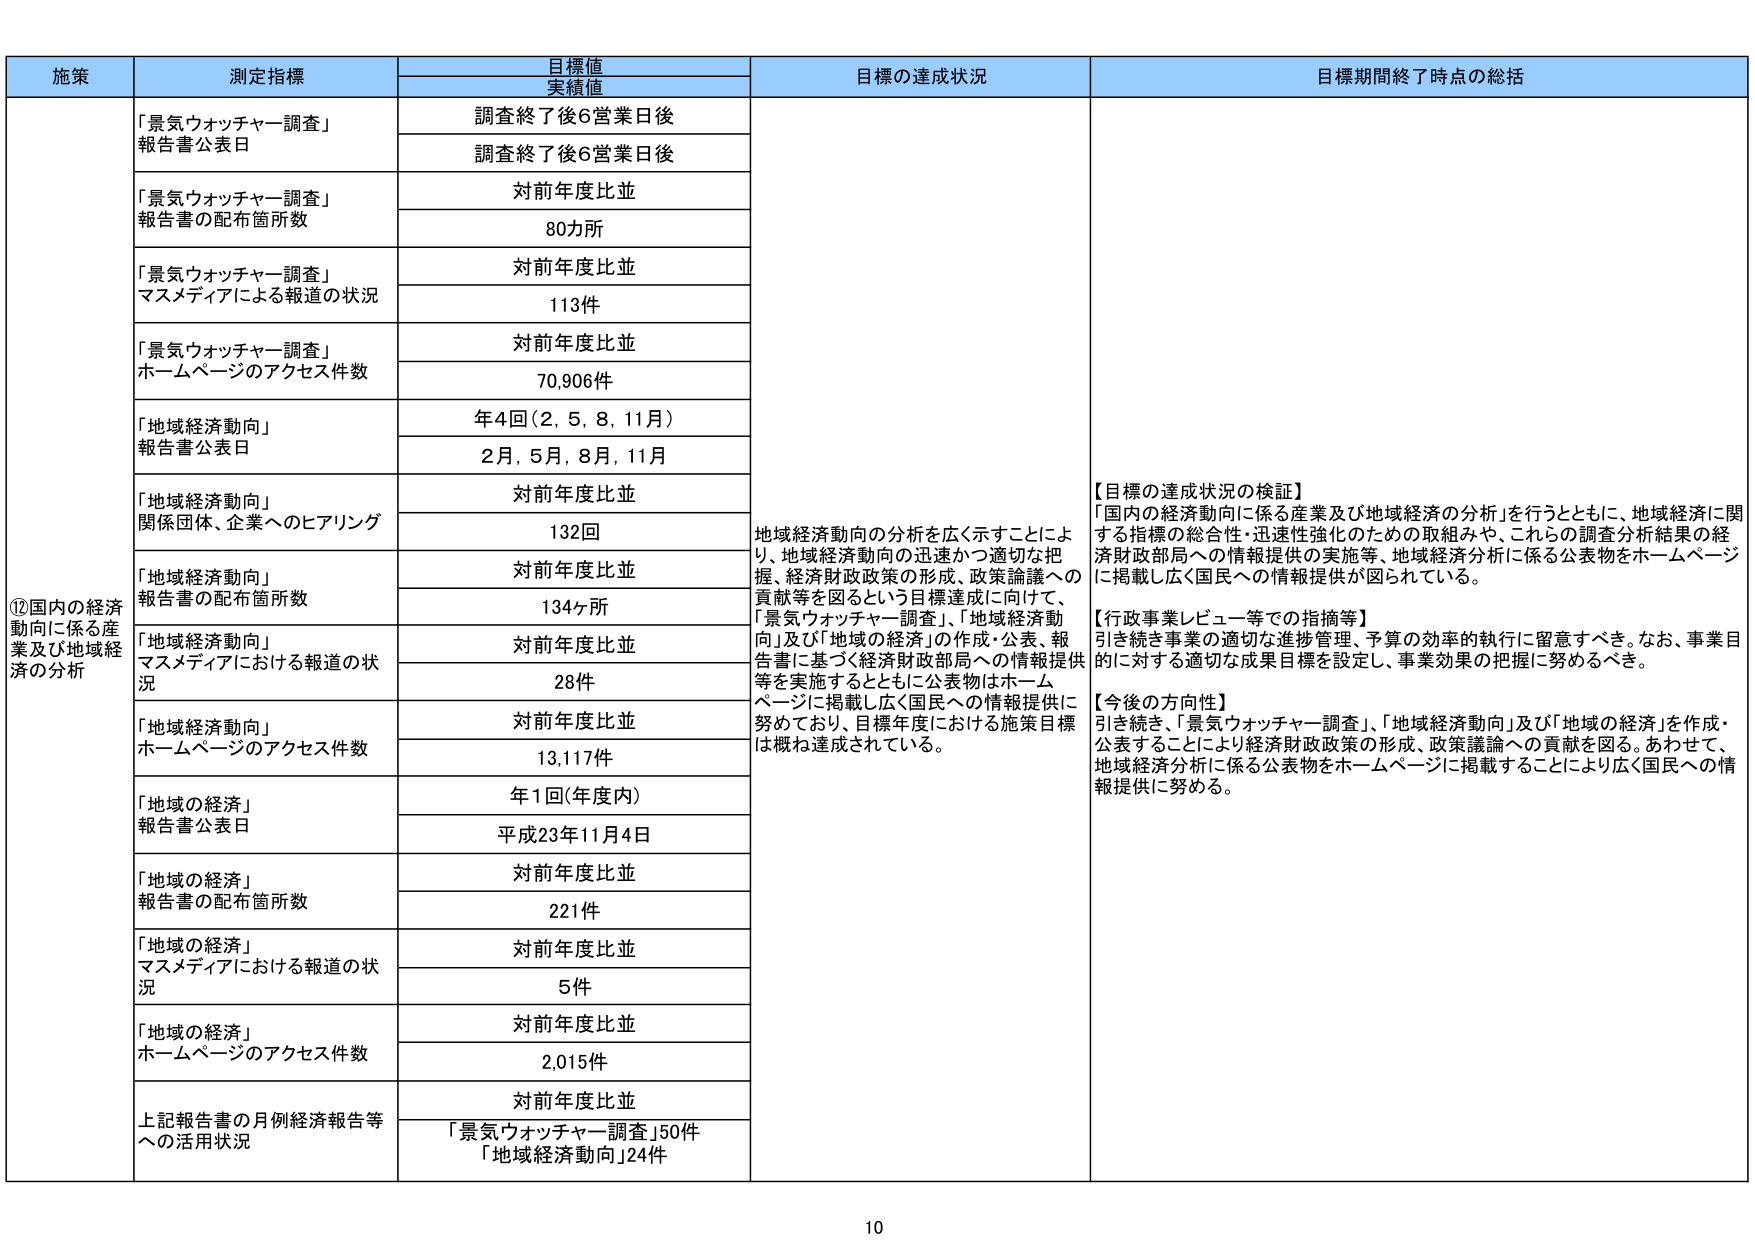
施策
測定指標
目標値
実績値
目標の達成状況
目標期間終了時点の総括

⑫国内の経済動向に係る産業及び地域経済の分析

「景気ウォッチャー調査」報告書公表日
調査終了後6営業日後
調査終了後6営業日後

「景気ウォッチャー調査」報告書の配布箇所数
対前年度比並
80力所

「景気ウォッチャー調査」マスメディアによる報道の状況
対前年度比並
113件

「景気ウォッチャー調査」ホームページのアクセス件数
対前年度比並
70,906件

「地域経済動向」報告書公表日
年4回（2，5，8，11月）
2月，5月，8月，11月

「地域経済動向」関係団体、企業へのヒアリング
対前年度比並
132回

「地域経済動向」報告書の配布箇所数
対前年度比並
134ヶ所

「地域経済動向」マスメディアにおける報道の状況
対前年度比並
28件

「地域経済動向」ホームページのアクセス件数
対前年度比並
13,117件

「地域の経済」報告書公表日
年1回（年度内）
平成23年11月4日

「地域の経済」報告書の配布箇所数
対前年度比並
221件

「地域の経済」マスメディアにおける報道の状況
対前年度比並
5件

「地域の経済」ホームページのアクセス件数
対前年度比並
2,015件

上記報告書の月例経済報告等への活用状況
対前年度比並
「景気ウォッチャー調査」50件
「地域経済動向」24件

地域経済動向の分析を広く示すことにより、地域経済動向の迅速かつ適切な把握、経済財政政策の形成、政策論議への貢献等を図るという目標達成に向けて、「景気ウォッチャー調査」、「地域経済動向」及び「地域の経済」の作成・公表、報告書に基づく経済財政部局への情報提供等を実施するとともに公表物はホームページに掲載し広く国民への情報提供に努めており、目標年度における施策目標は概ね達成されている。

【目標の達成状況の検証】
「国内の経済動向に係る産業及び地域経済の分析」を行うとともに、地域経済に関する指標の総合性・迅速性強化のための取組みや、これらの調査分析結果の経済財政部局への情報提供の実施等、地域経済分析に係る公表物をホームページに掲載し広く国民への情報提供が図られている。

【行政事業レビュー等での指摘等】
引き続き事業の適切な進捗管理、予算の効率的執行に留意すべき。なお、事業目的に対する適切な成果目標を設定し、事業効果の把握に努めるべき。

【今後の方向性】
引き続き、「景気ウォッチャー調査」、「地域経済動向」及び「地域の経済」を作成・公表することにより経済財政政策の形成、政策論議への貢献を図る。あわせて、地域経済分析に係る公表物をホームページに掲載することにより広く国民への情報提供に努める。

10